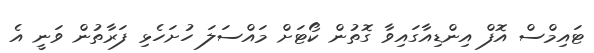
ޓައިމްސް އޮފް އިންޑިއާގައިވާ ގޮތުން ކޯޓަށް މައްސަލަ ހުށަހެޅި ފަރާތުން ވަނީ އެ